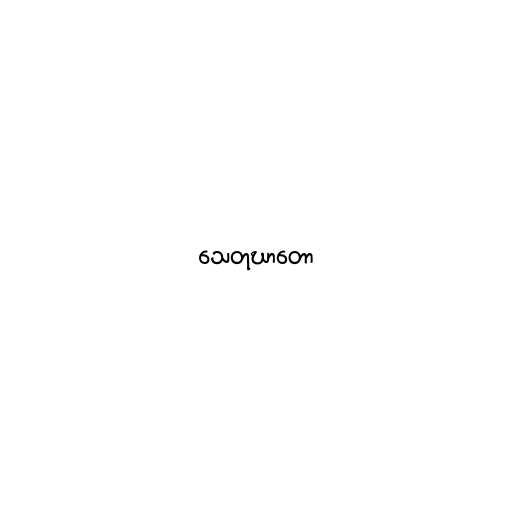
သေတုဃာတော